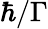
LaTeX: \hbar/\Gamma